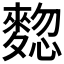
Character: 𪍃